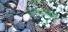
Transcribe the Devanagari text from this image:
उरूत्सेध